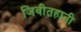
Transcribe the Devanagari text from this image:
जिवीतहानी